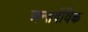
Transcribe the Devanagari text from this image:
अन्तर्दविक